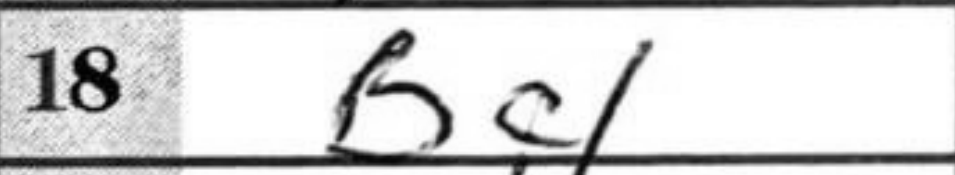
Transcription: Bc1